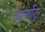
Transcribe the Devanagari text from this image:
चार्लाट्